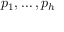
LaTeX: p _ { 1 } , \ldots , p _ { h }